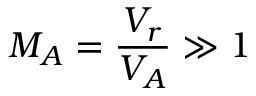
M _ { A } = \frac { V _ { r } } { V _ { A } } \gg 1